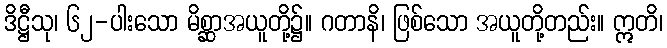
ဒိဋ္ဌီသု၊ ၆၂-ပါးသော မိစ္ဆာအယူတို့၌။ ဂတာနိ၊ ဖြစ်သော အယူတို့တည်း။ ဣတိ၊